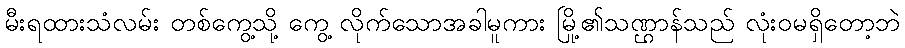
မီးရထားသံလမ်း တစ်ကွေ့သို့ ကွေ့ လိုက်သောအခါမူကား မြို့၏သဏ္ဌာန်သည် လုံးဝမရှိတော့ဘဲ